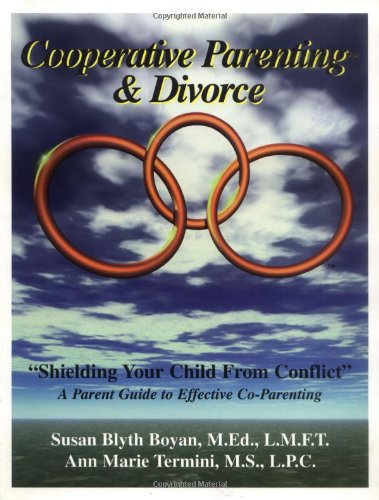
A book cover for Cooperative Parenting and Divorce: Shielding Your Child From Conflict; Susan Blyth Boyan; Parenting & Relationships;